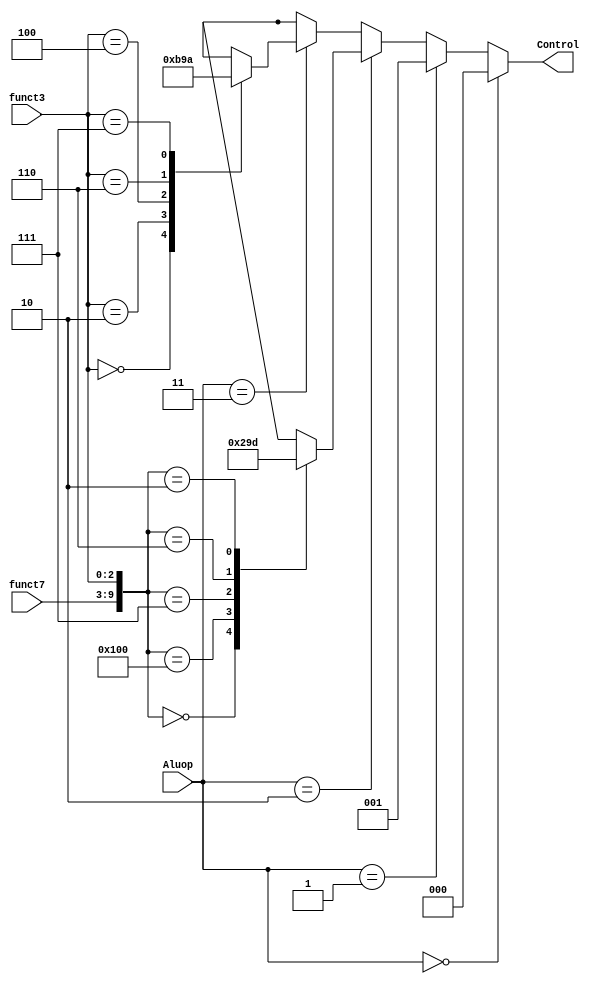
module ALUControl(
input [1:0] Aluop,
input [6:0] funct7,input [2:0] funct3,
output reg [2:0] Control);
always @(Aluop)
begin
    if (Aluop==2'b00) Control <= 3'b000;
    else if (Aluop==2'b01) Control <= 3'b001;
    else if (Aluop==2'b10) begin
        case({funct7,funct3})
            10'b0000000000 : Control <= 3'b000; // add
            10'b0100000000 : Control <= 3'b001; // sub
            10'b0000000111 : Control <= 3'b010; // and
            10'b0000000110 : Control <= 3'b011; // or
            10'b0000000010 : Control <= 3'b101; // slt
            default : Control <= 3'bxxx;
        endcase
    end
    else if (Aluop==2'b11) begin
        case(funct3)
            3'b000 : Control <= 3'b000; // addi
            3'b010 : Control <= 3'b101; // slti
            3'b100 : Control <= 3'b110; // xori
            3'b110 : Control <= 3'b011; // ori
            3'b111 : Control <= 3'b010; // andi
            default : Control <= 3'bxxx;
        endcase
    end
    else Control<= 3'bxxx;
end
endmodule